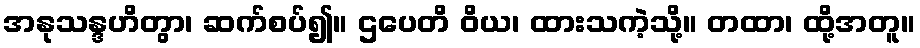
အနုသန္ဒဟိတွာ၊ ဆက်စပ်၍။ ဌပေတိ ဝိယ၊ ထားသကဲ့သို့။ တထာ၊ ထို့အတူ။